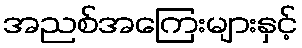
အညစ်အကြေးများနှင့်